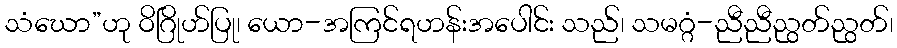
သံဃော”ဟု ဝိဂြိုဟ်ပြု၊ ယော-အကြင်ရဟန်းအပေါင်း သည်၊ သမဂ္ဂံ-ညီညီညွတ်ညွတ်၊